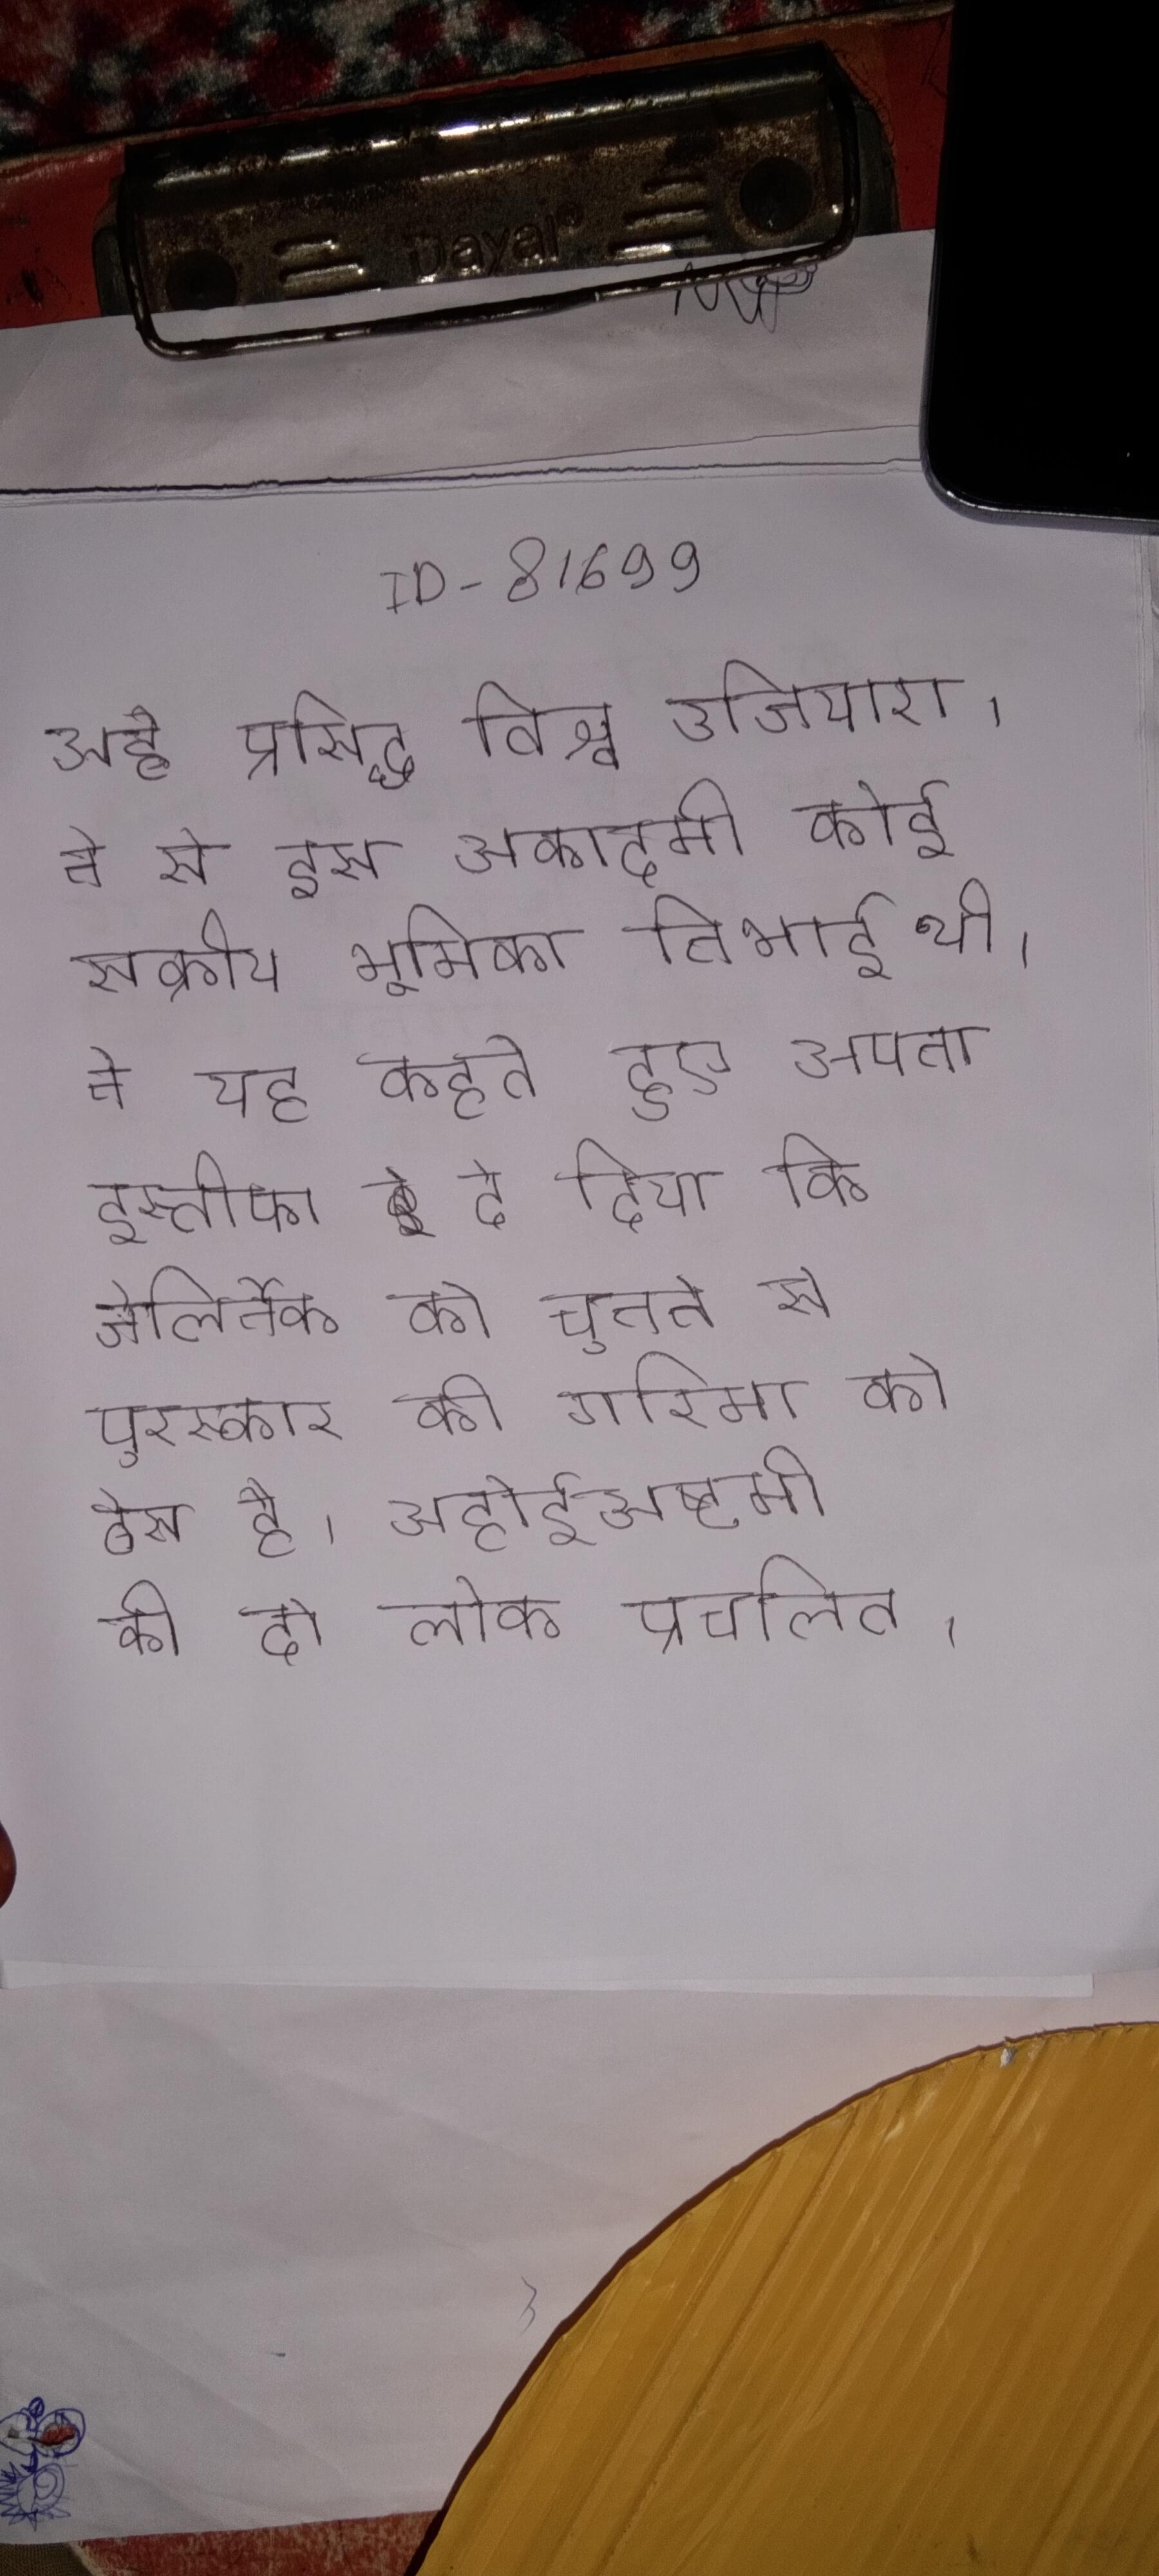
आटा को प्रयोग से पहले एक चलनी के माध्यम छाना जाता है, जिससे इसमे मौजूद भूसी या चोकर इससे अलग हो जाती है । आटा दीपक केवल रूप से पके हुए और फिर खाया . आटा पीसने के अनेक कारखाने ।